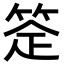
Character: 𬕈